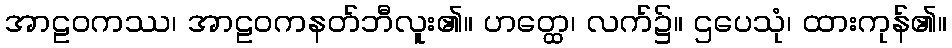
အာဠဝကဿ၊ အာဠဝကနတ်ဘီလူး၏။ ဟတ္ထေ၊ လက်၌။ ဌပေသုံ၊ ထားကုန်၏။